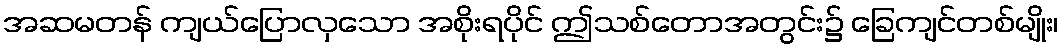
အဆမတန် ကျယ်ပြောလှသော အစိုးရပိုင် ဤသစ်တောအတွင်း၌ ခြေကျင်တစ်မျိုး၊